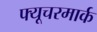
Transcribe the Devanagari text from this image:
फ्यूचरमार्क